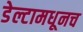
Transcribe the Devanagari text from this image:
डेल्टामधूनच